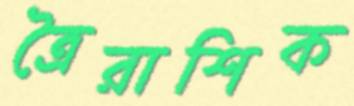
ত্রৈরাশিক